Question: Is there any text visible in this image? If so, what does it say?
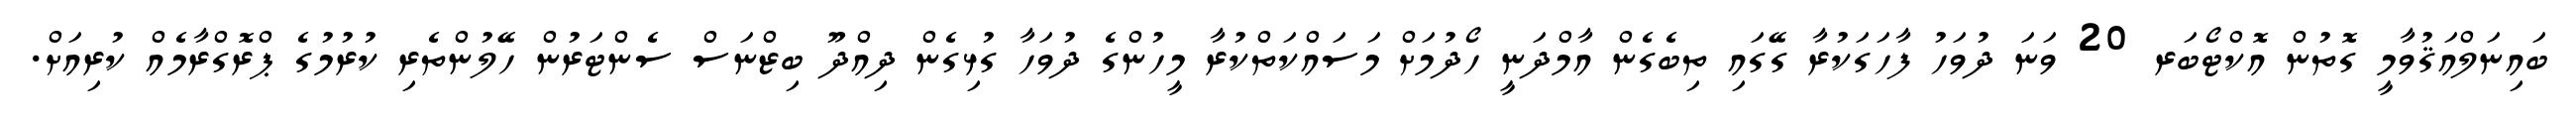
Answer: ބައިނަލްއަޤުވާމީ ގޮތުން އޮކްޓޯބަރ 20 ވަނަ ދުވަހު ފާހަގަކުރާ ގޭގައި ތިބެގެން އާމްދަނީ ހޯދުމަށް މަސައްކަތްކުރާ މީހުންގެ ދުވަހާ ގުޅިގެން ދިއްދޫ ބިޒްނަސް ސެންޓަރުން ހޭލުންތެރި ކުރުމުގެ ޕްރޮގްރާމެއް ކުރިއަށް.